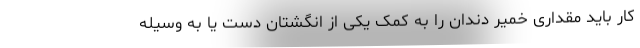
کار باید مقداری خمیر دندان را به کمک یکی از انگشتان دست یا به وسیله